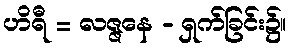
ဟိရီ = လဇ္ဇနေ - ရှက်ခြင်း၌။